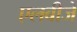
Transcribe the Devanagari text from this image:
एलबीजे